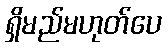
ရှိမည်မဟုတ်ပေ